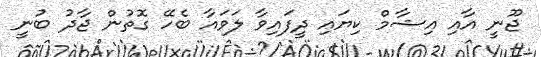
ޖޫނީ އާއި އިޝާމް ކިޔައި ދީފައިވާ ލަވައާ ބެހޭ ގޮތުން ޖާދު ބުނީ